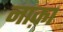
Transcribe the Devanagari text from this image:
नाक़ा